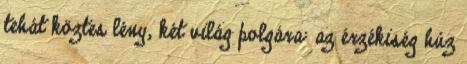
tehát köztes lény, két világ polgára: az érzékiség húz